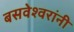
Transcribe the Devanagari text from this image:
बसवेश्वरांनी